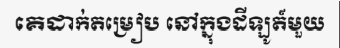
គេដាក់តម្រៀប នៅក្នុងដីឡូត៍មួយ